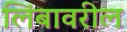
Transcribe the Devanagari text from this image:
लिंबावरील